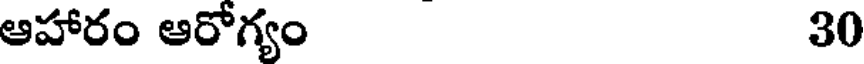
ఆహారం ఆరోగ్యం 30